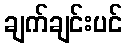
ချက်ချင်းပင်